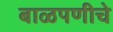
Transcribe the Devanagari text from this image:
बाळपणीचे